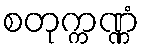
စတုက္ကဏ္ဏံ